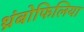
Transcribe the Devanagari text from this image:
थ्रंबोफिलिया